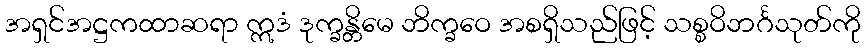
အရှင်အဋ္ဌကထာဆရာ ဣဒံ ဒုက္ခန္တိမေ ဘိက္ခဝေ အစရှိသည်ဖြင့် သစ္စဝိဘင်္ဂသုတ်ကို